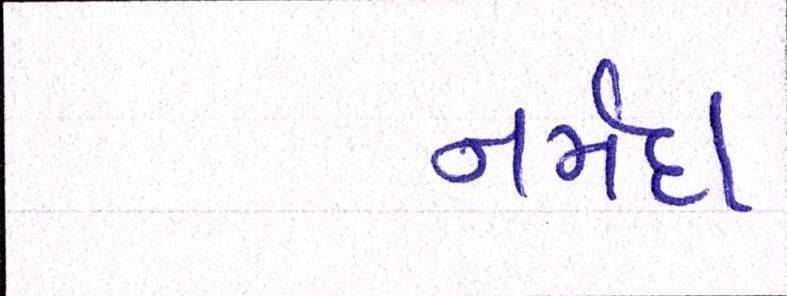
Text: નર્મદા